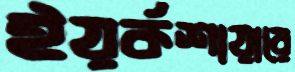
ইয়র্কশায়ারে